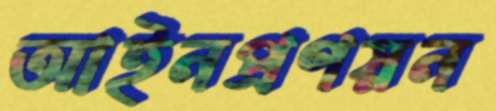
আইনপ্রণয়ন